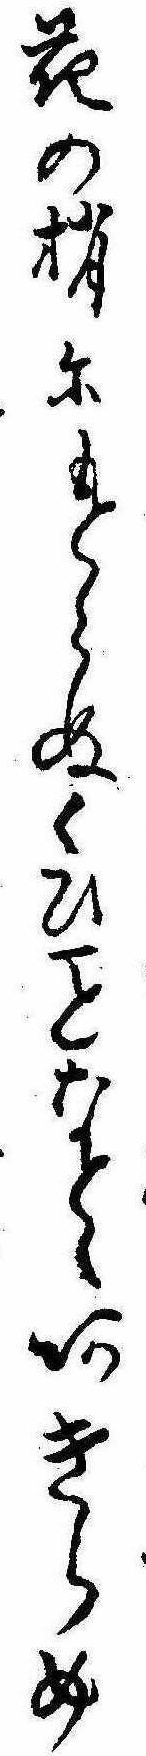
花の梢にもとらぬくひなとゝあきらめ